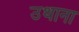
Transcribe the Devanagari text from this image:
उथाना